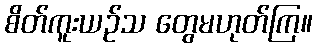
စိတ်ကူးယဉ်သ တွေမဟုတ်ကြ။